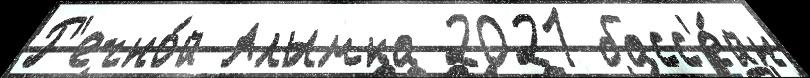
Р'ечно́й Алымка 2021 басс'е́йн